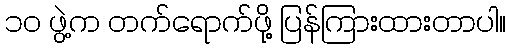
၁၀ ဖွဲ့က တက်ရောက်ဖို့ ပြန်ကြားထားတာပါ။